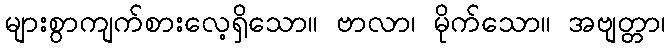
များစွာကျက်စားလေ့ရှိသော။ ဗာလာ၊ မိုက်သော။ အဗျတ္တာ၊